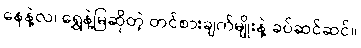
နေနဲ့လ၊ ရွှေနဲ့မြဆိုတဲ့ တင်စားချက်မျိုးနဲ့ ခပ်ဆင်ဆင်။